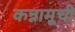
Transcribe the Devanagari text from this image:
कन्नामूची